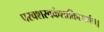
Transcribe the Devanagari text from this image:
परवशस्वकंशाक्तिसार्थः।।